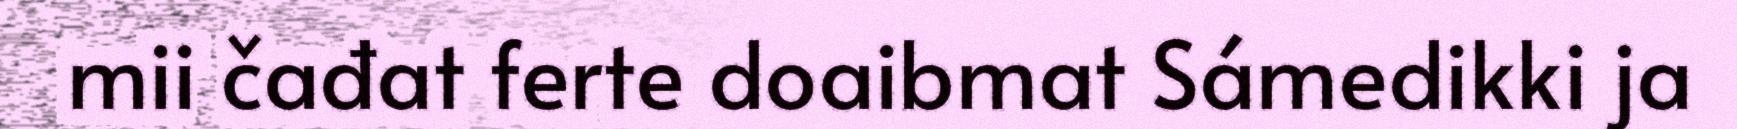
mii čađat ferte doaibmat Sámedikki ja